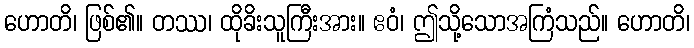
ဟောတိ၊ ဖြစ်၏။ တဿ၊ ထိုခိးသူကြီးအား။ ဧဝံ၊ ဤသို့သောအကြံသည်။ ဟောတိ၊